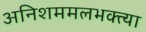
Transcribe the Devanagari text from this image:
अनिशममलभक्त्या